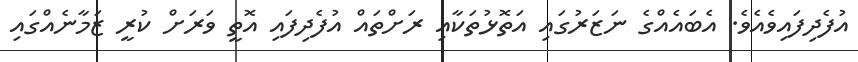
އުފެދިފައިވެއެވެ. އެބައެއްގެ ނަޒަރުގައި އަތޮޅުތަކާއި ރަށްތައް އުފެދިފައި އޮތީ ވަރަށް ކުރީ ޒަމާނެއްގައި